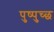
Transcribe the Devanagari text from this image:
पुष्पुच्छ